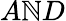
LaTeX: A\mathbb{N}D